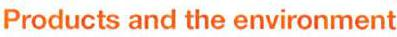
Products and the environment